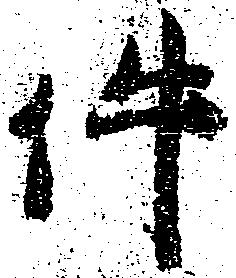
件